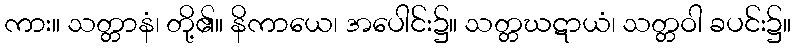
ကား။ သတ္တာနံ၊ တို့၏။ နိကာယေ၊ အပေါင်း၌။ သတ္တဃဋာယံ၊ သတ္တဝါ ခပင်း၌။